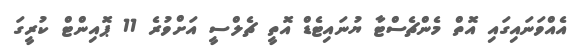
އެއްވަނައިގައި އޮތް މެންޗެސްޓާ ޔުނައިޓެޑް އޮތީ ޗެލްސީ އަށްވުރެ 11 ޕޮއިންޓް ކުރީގަ